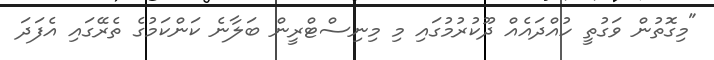
"މިގޮތުން ވަގުތީ ހުއްދައެއް ދޫކުރުމުގައި މި މިނިސްޓްރީން ބަލާނެ ކަންކަމުގެ ތެރޭގައި އެފަދަ